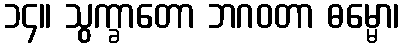
၁၄။ သွက္ခာတော ဘဂဝတာ ဓမ္မော၊